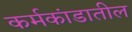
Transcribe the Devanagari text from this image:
कर्मकांडातील